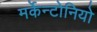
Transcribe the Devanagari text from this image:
मर्केन्टोनियो